Code of medical and sanitary regulations for the guidance of medical officers serving in the Madras Presidency - Volume II
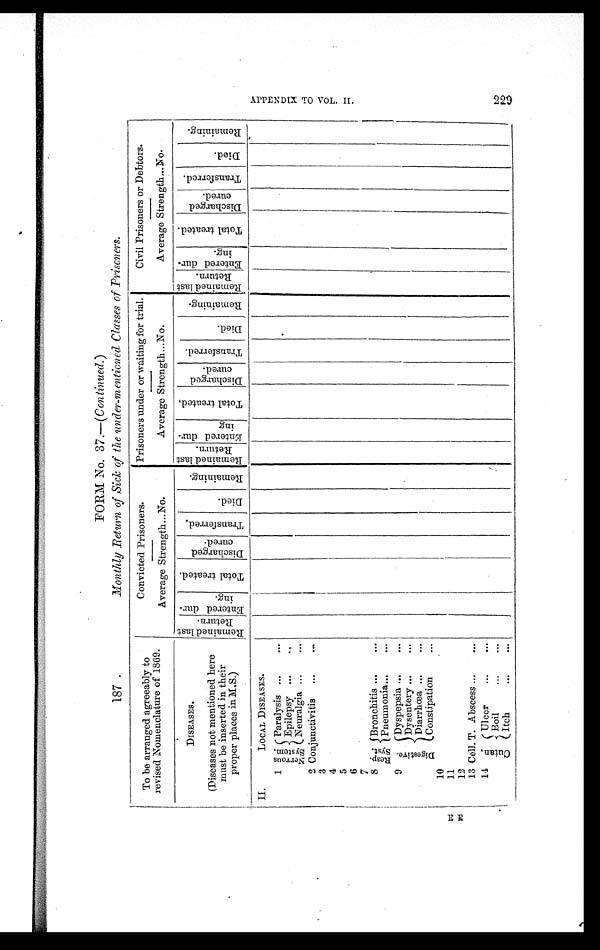
FORM No. 37.—( Continued. )
187 .
Monthly Return of Sick of the under-mentioned Classes of Prisoners.
To be arranged agreeably to
revised Nomenclature of 1869.
Convicted Prisoners.
Prisoners under or waiting for trial.
Civil Prisoners or Debtors.
Average Strength...No.
Average Strength...No.
Average Strength...No.
DISEASES.
R e m a i n e d l a s t
Ret ur n. E n t e r e d d u r -
i ng.
T o t a l t r e a t e d .
D i s c h a r g e d
c ur e d.
T r a n s f e r r e d .
D i e d .
R e m a i n i n g .
R e m a i n e d l a s t
R e t u r n . E n t e r e d d u r -
i n g
T o t a l t r e a t e d .
D i s c h a r g e d
c u r e d .
T r a n s f e r r e d .
D i e d .
R e m a i n i n g .
R e m a i n e d l a s t
Re t ur n.
Ent ered dur-
ing.
T o t a l t r e a t e d .
Di s c h a r g e d
cur ed.
T r a n s f e r r e d .
D i e d .
R e m a i n i n g .
(Diseases not mentioned here
must be inserted in their
proper places in M.S.)
II.
LOCAL DISEASES.
1 Nervous
System.
Paralysis ...
...
Epilepsy ...
. . .
Neuralgia ...
. . .
2 Conjunctivitis ...
. . .
3
4
5
6
7
8 Resp.
Syst. Bronchitis ...
. . .
Pneumonia . . .
. . .
9 D i g e s t i v e . Dyspepsia ...
. . .
Dysentery ...
...
Diarrhœa ...
...
Constipation
...
10
11
12
13 Cell. T. Abscess ...
...
14 C u t a n . Ulcer
...
...
Boil
Itch
. . .
. . .
. . .
. . .
A P P E N D I X T O V O L . I I . 2 2 9